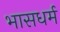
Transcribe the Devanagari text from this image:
भासधर्म